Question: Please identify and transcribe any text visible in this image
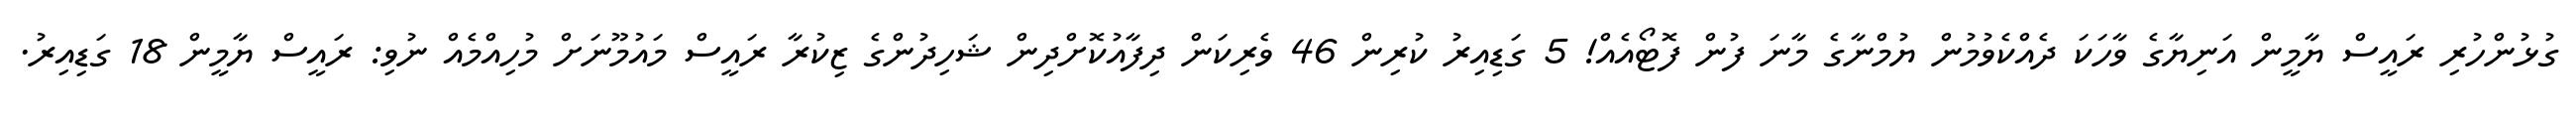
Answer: ގުޅުންހުރި ރައީސް ޔާމީން އަނިޔާގެ ވާހަކަ ދެއްކެވުމުން ޔުމްނާގެ މާނަ ފުން ފޮޓޯއެއް! 5 ގަޑިއިރު ކުރިން 46 ވެރިކަން ދިފާއުކޮށްދިން ޝަހިދުންގެ ޒިކުރާ ރައީސް މައުމޫނަށް މުހިއްމެއް ނުވި: ރައީސް ޔާމީން 18 ގަޑިއިރު.